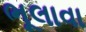
ભૂલાવા